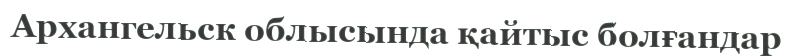
Архангельск облысында қайтыс болғандар